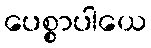
ပေစ္စာပါယေ